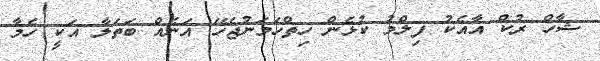
ޝާހް ރުކް އާއެކު ފިލްމު ކުޅެން ހިތްހަމަނުޖެހޭ އަނެއް ބަތަލާ އަކީ ހެމާ